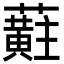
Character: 蘣